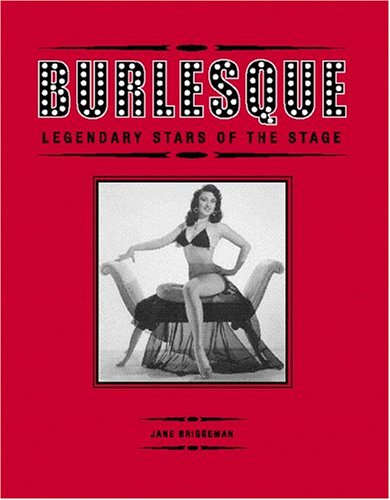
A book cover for Burlesque: Legendary Stars of the Stage; Jane Briggeman; Biographies & Memoirs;